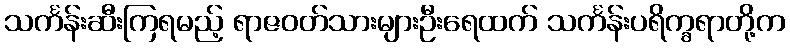
သင်္ကန်းဆီးကြရမည့် ရာဇဝတ်သားများဦးရေထက် သင်္ကန်းပရိက္ခရာတို့က